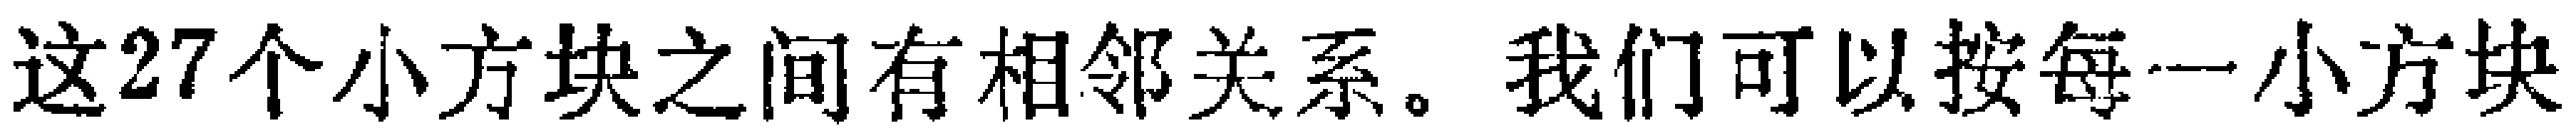
这27个小方块之间有相邻关系。我们可以按每一小方块